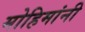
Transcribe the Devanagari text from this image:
मोहिमांनी